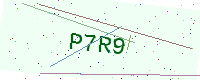
Text: P7R9